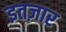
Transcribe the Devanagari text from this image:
इतज़ार